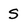
Character: S